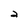
Character: 2